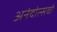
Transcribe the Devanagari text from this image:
अनंदोत्सवों